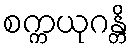
စက္ကယုဂန္တိ